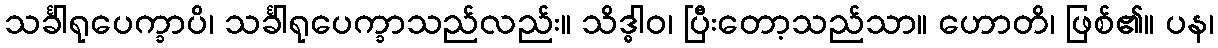
သင်္ခါရုပေက္ခာပိ၊ သင်္ခါရုပေက္ခာသည်လည်း။ သိဒ္ဓါဝ၊ ပြီးတော့သည်သာ။ ဟောတိ၊ ဖြစ်၏။ ပန၊